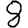
Digit: 8